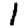
Digit: 1